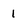
Character: 1